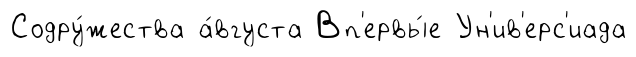
Содру́жества а́вгуста Вп'ервы́е Ун'ив'ерс'иада